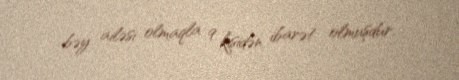
bəy ailəsi olmaqla 9 kişidən ibarət olmuşdur.